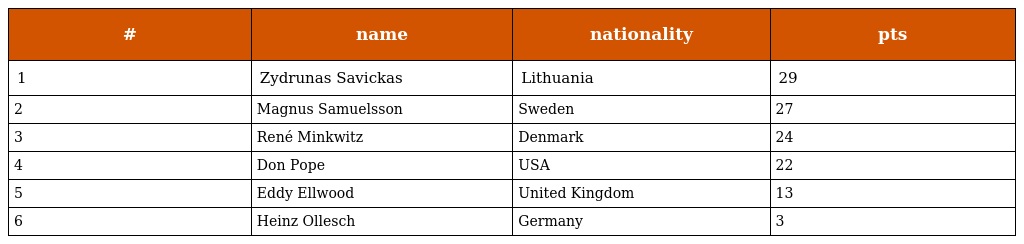
| # | name | nationality | pts |
 | --- | --- | --- | --- |
 | 1 | Zydrunas Savickas | Lithuania | 29 |
 | 2 | Magnus Samuelsson | Sweden | 27 |
 | 3 | René Minkwitz | Denmark | 24 |
 | 4 | Don Pope | USA | 22 |
 | 5 | Eddy Ellwood | United Kingdom | 13 |
 | 6 | Heinz Ollesch | Germany | 3 |